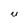
Character: U